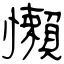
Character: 懶